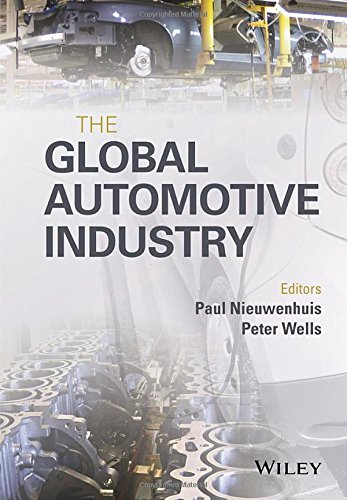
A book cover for The Global Automotive Industry (Automotive Series); Business & Money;